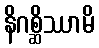
နိဂစ္ဆိဿာမိ